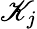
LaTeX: \mathscr{K}_{j}